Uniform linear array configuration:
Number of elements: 64
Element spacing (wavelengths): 0.25
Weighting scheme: kaiser
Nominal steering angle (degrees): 60
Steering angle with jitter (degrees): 60.26
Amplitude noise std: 0.05
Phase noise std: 0.05

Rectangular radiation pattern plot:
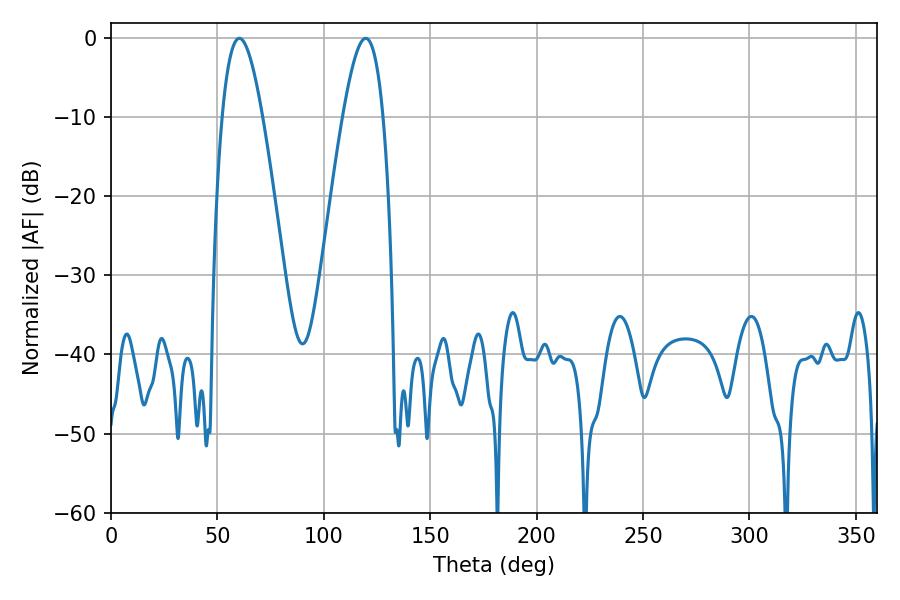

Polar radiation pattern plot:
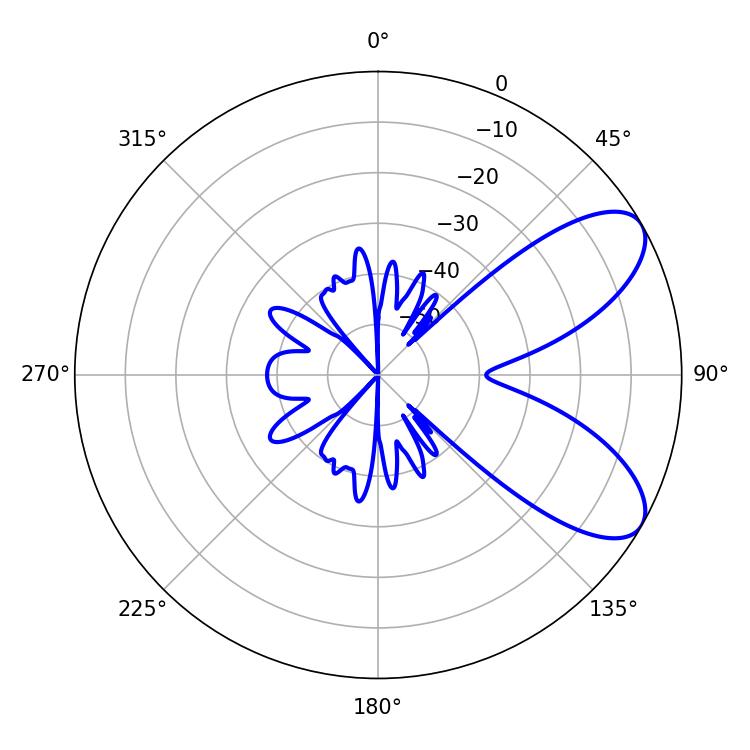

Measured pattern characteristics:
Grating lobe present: FALSE
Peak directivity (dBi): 7.694
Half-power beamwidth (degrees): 10.26
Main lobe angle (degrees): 60.3